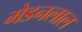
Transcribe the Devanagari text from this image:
मेडनलाल